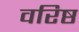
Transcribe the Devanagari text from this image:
वरिष्ठ